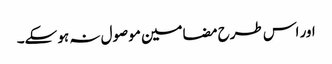
اور اس طرح مضامین موصول نہ ہو سکے۔